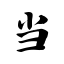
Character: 当